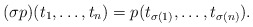
\begin{align*}(\sigma p)(t_1,\ldots, t_n)=p(t_{\sigma(1)},\ldots, t_{\sigma(n)}).\end{align*}